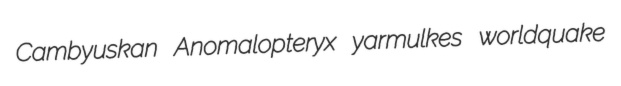
Cambyuskan Anomalopteryx yarmulkes worldquake